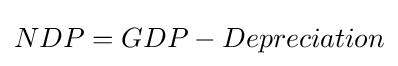
NDP=GDP-Depreciation